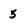
Character: 5